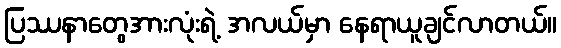
ပြဿနာတွေအားလုံးရဲ့ အလယ်မှာ နေရာယူချင်လာတယ်။